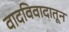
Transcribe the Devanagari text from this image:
वादविवादातून